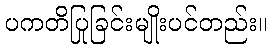
ပကတိပြုခြင်းမျိုးပင်တည်း။